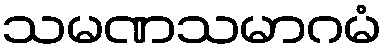
သမဏသမာဂမံ